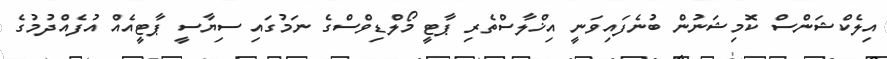
އިލެކްޝަންސް ކޮމިޝަނުން ބުނެފައިވަނީ އިޚްލާސްތެރި ޕާޓީ މޯލްޑިވްސްގެ ނަމުގައި ސިޔާސީ ޕާޓީއެއް އުފެއްދުމުގެ